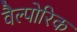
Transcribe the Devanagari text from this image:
वैल्पोरिक